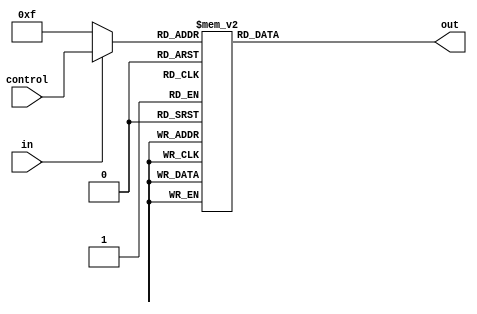
// The datasheet defines 16 attenuation steps that are -2.0dB apart, ranging from 0 dB at step 0
// to a maximum attenuation of -28dB at step 14. Step 15 is a complete silence.
// 7 bit is enough to represent SN attenuation levels as unique numbers

/* verilator lint_off REALCVT */
module attenuation #( parameter CONTROL_BITS = 4, parameter VOLUME_BITS = 14 ) (
    input  wire in,
    input  wire [CONTROL_BITS-1:0] control,
    output reg  [VOLUME_BITS-1:0] out
);
    localparam real MAX_VOLUME = (1 << VOLUME_BITS) - 1;
    `define ATLEAST1(i) ($rtoi(i)>1 ? $rtoi(i) : 1)
    always @(*) begin
        case(in ? control : 15) // if in == 0, output is forced to 0 
            // each bit of attenuation corresponds to 2dB
            // 2dB = 10^(-0.1) = 0.79432823
            0:  out =           MAX_VOLUME;
            1:  out = `ATLEAST1(MAX_VOLUME * 0.79432823);
            2:  out = `ATLEAST1(MAX_VOLUME * 0.63095734);
            3:  out = `ATLEAST1(MAX_VOLUME * 0.50118723);
            4:  out = `ATLEAST1(MAX_VOLUME * 0.39810717);
            5:  out = `ATLEAST1(MAX_VOLUME * 0.31622777);
            6:  out = `ATLEAST1(MAX_VOLUME * 0.25118864);
            7:  out = `ATLEAST1(MAX_VOLUME * 0.19952623);
            8:  out = `ATLEAST1(MAX_VOLUME * 0.15848932);
            9:  out = `ATLEAST1(MAX_VOLUME * 0.12589254);
            10: out = `ATLEAST1(MAX_VOLUME * 0.10000000);
            11: out = `ATLEAST1(MAX_VOLUME * 0.07943282);
            12: out = `ATLEAST1(MAX_VOLUME * 0.06309573);
            13: out = `ATLEAST1(MAX_VOLUME * 0.05011872);
            14: out = `ATLEAST1(MAX_VOLUME * 0.03981072);
                default:
                    out = 0;
        endcase
        `undef ATLEAST1
    end
endmodule